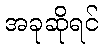
အခုဆိုရင်